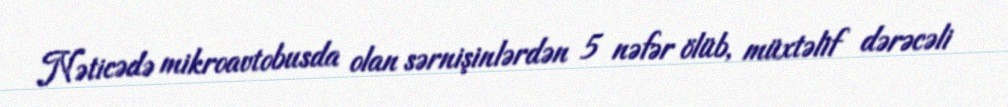
Nəticədə mikroavtobusda olan sərnişinlərdən 5 nəfər ölüb, müxtəlif dərəcəli